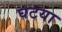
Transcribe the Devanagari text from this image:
घटया